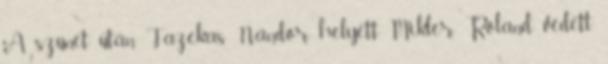
A szünet után Fazekas Nándor helyett Mikler Roland védett.